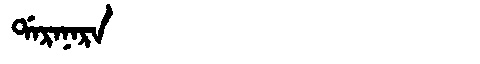
Manchu: ᡩᠠᡵᠠᠨᠠᡵᠠ
Romanization: DARANARA